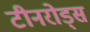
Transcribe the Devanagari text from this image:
टीनरोड्स